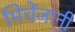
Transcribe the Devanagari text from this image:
मिचेंजानी